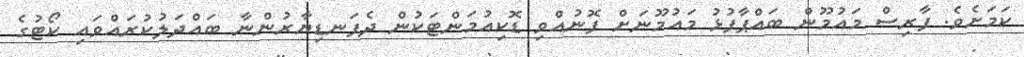
ކަމަށެވެ. ފާރިސް މައުމޫން ބައްޕާފުޅު މައުމޫނަށް ފޮނުއްވި ޑޮކިއުމަންޓަކުން ދެފަނޑިޔާރުންނާ ބައްދަލުކުރައްވައި ކޯޓުގެ